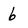
Character: b